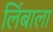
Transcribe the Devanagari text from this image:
लिंबाला